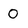
Character: 0